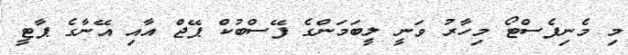
މި މެނިފެސްޓޯ މިހާރު ވަނީ ލީބަމަންގެ ފޭސްބުކް ޕޭޖް އާއި އޭނާގެ ޕާޓީ